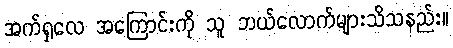
အက်ရှလေ အကြောင်းကို သူ ဘယ်လောက်များသိသနည်း။